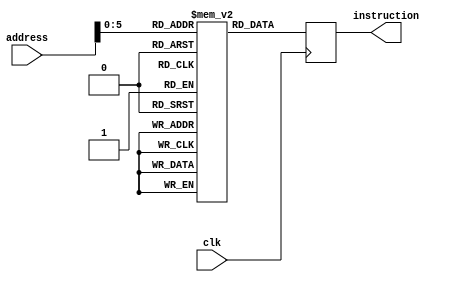
module instruction_memory(clk,address,instruction);
	input [31:0] address;
	input clk;
	output reg [15:0] instruction;
	reg [15:0] data [63:0];
	
	
	always @(posedge clk) begin
		instruction<= data[address];
	end

	endmodule